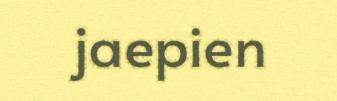
jaepien